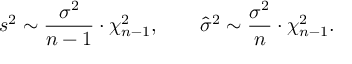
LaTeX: s ^ { 2 } \sim { \frac { \sigma ^ { 2 } } { n - 1 } } \cdot \chi _ { n - 1 } ^ { 2 } , \qquad { \hat { \sigma } } ^ { 2 } \sim { \frac { \sigma ^ { 2 } } { n } } \cdot \chi _ { n - 1 } ^ { 2 } .